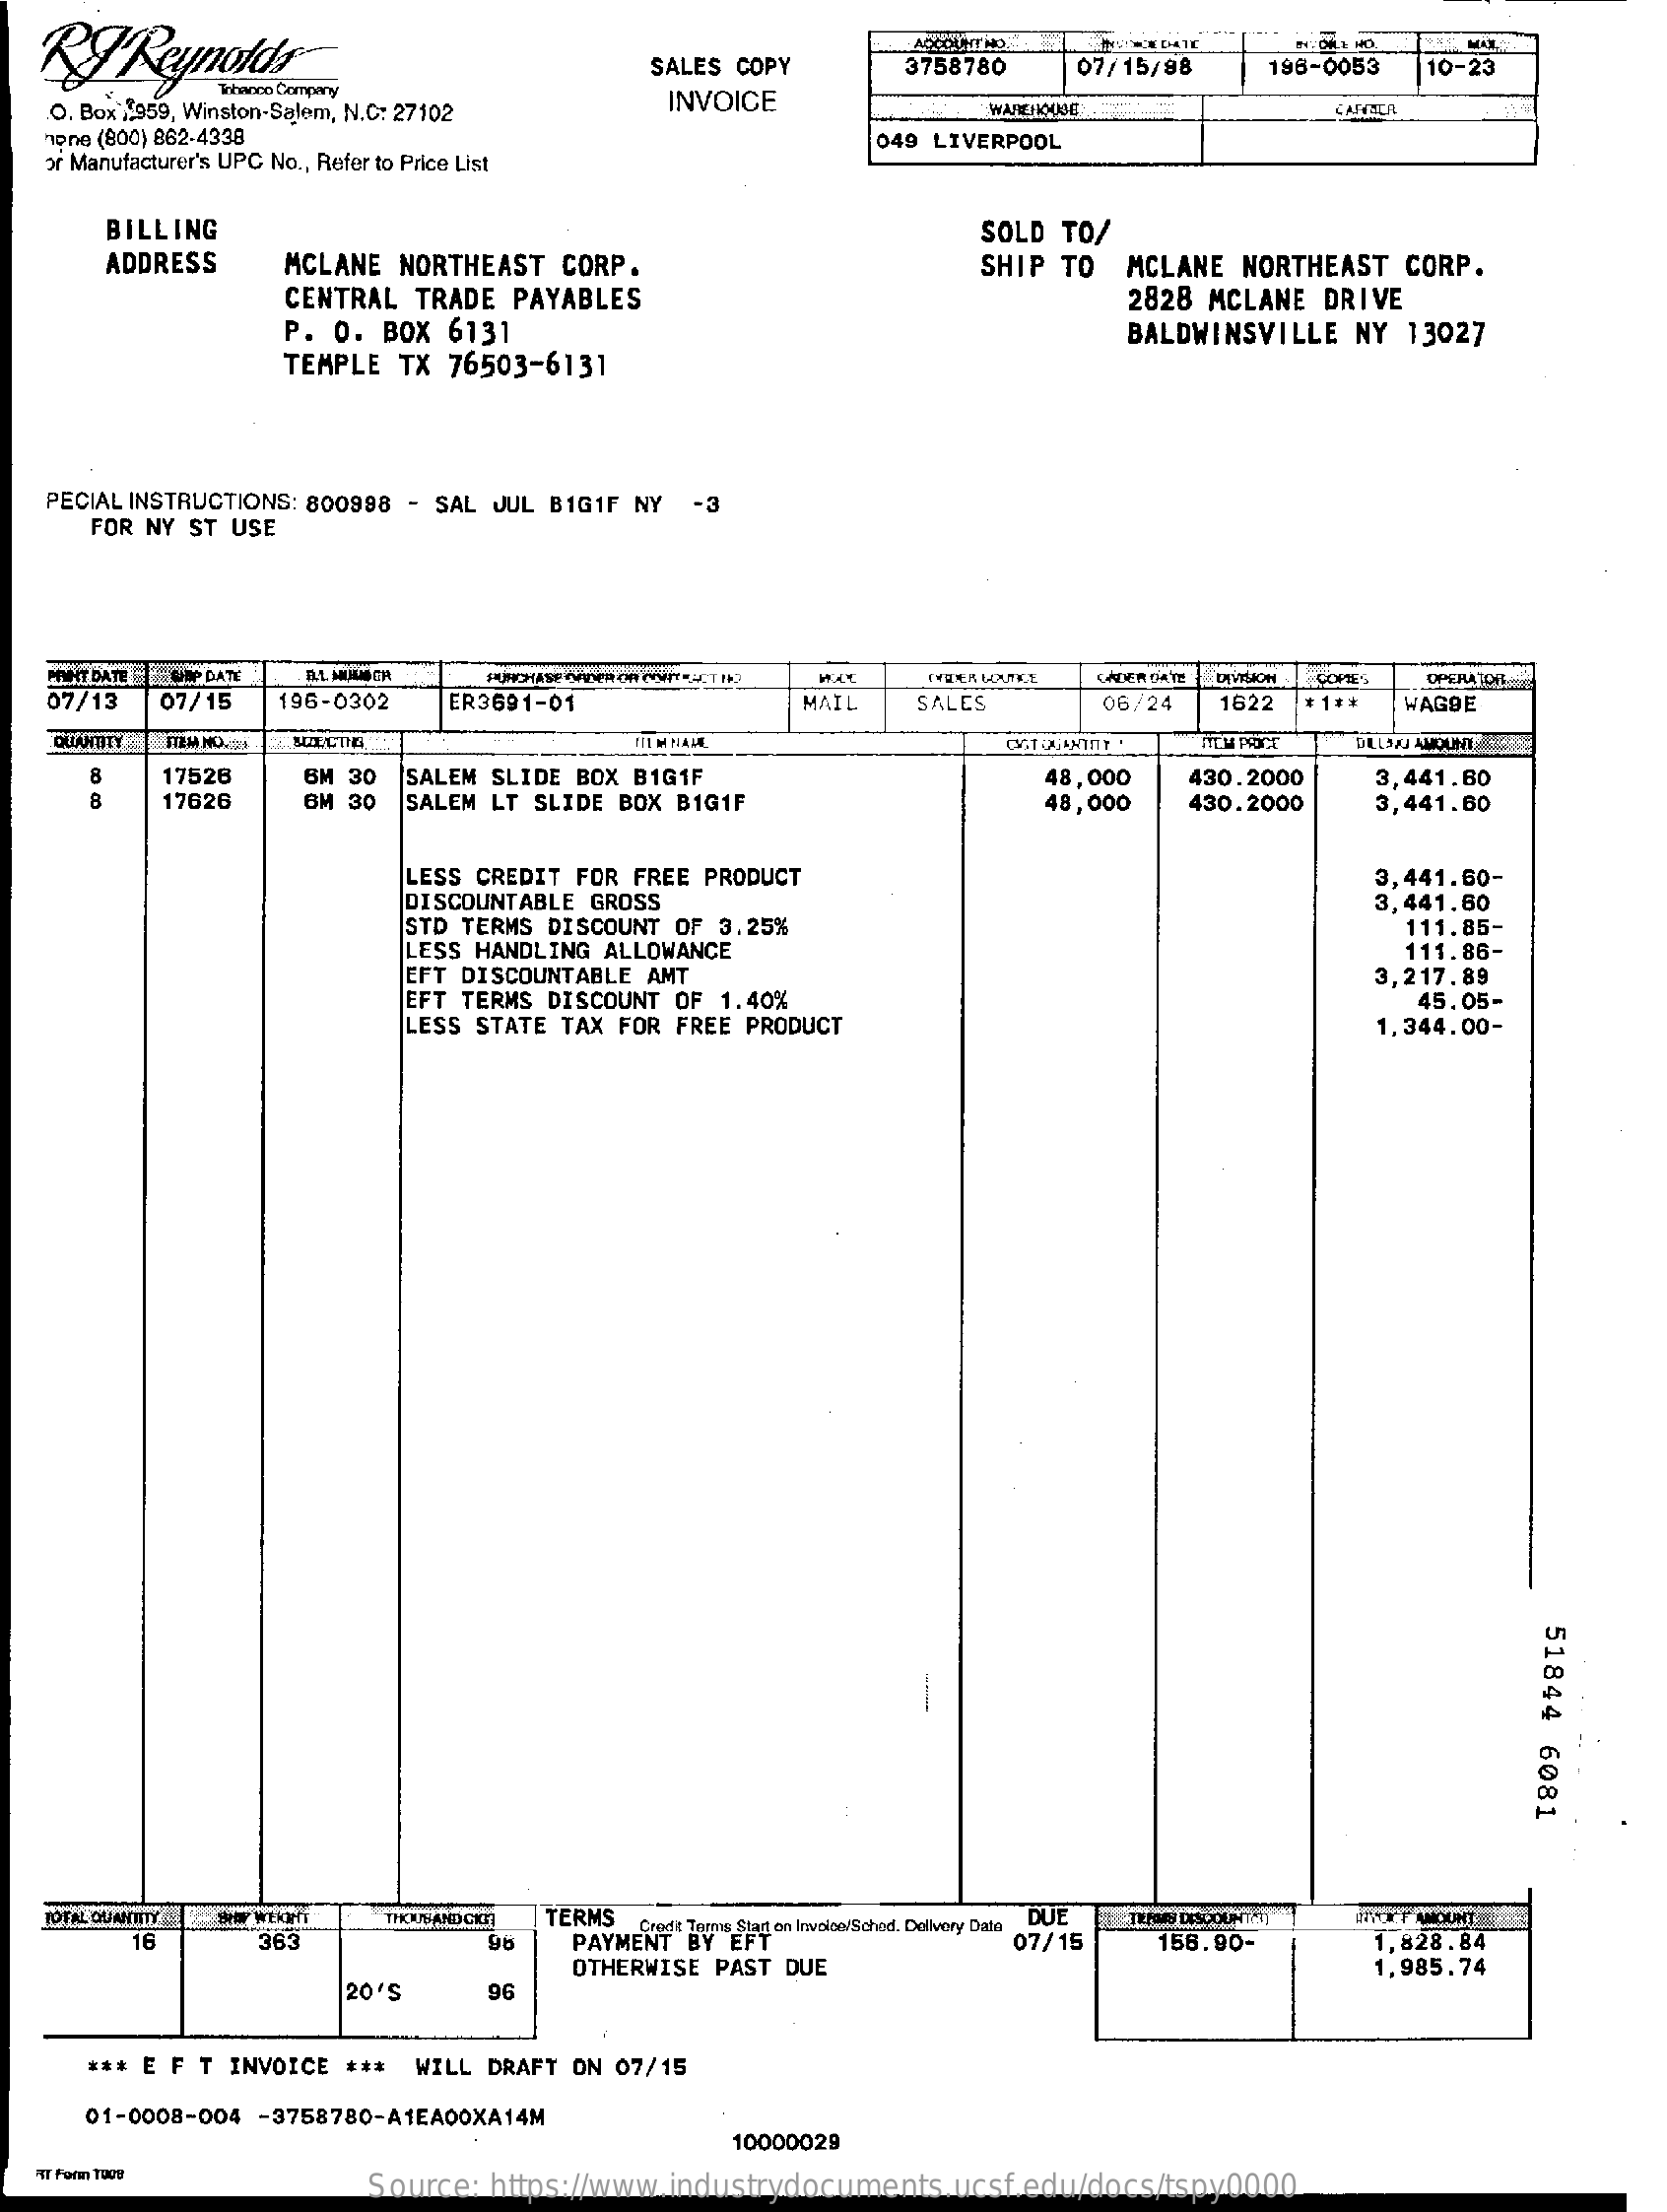
RØ    Rymotd    SALES COPY
     ACCOUNT NO.
     3758780    07/15/98    196-0053  10-23
   O. Box .. 959, Winston-Salem, N.C: 27102 INVOICE    WAREHOUSE
   hone (800) 862-4338
   or Manufacturer's UPC No ., Refer to Price List
     049 LIVERPOOL
     BILLING    SOLD TO/
     ADDRESS    MCLANE NORTHEAST  CORP.
     CENTRAL  TRADE PAYABLES
     SHIP TO  MCLANE NORTHEAST CORP.
     2828 MCLANE DRIVE
     P. O. BOX  6131
     TEMPLE TX  76503-6131
     BALDWINSVILLE NY  13027
   PECIAL INSTRUCTIONS: 800998 - SAL JUL B1G1F NY
     FOR NY ST USE
   PRINT DATE : 2GOIN' DATE    GADER DATE    COPTE'S OPERATOR
   07/13   07/15  196-0302   ER3691-01    MAIL    SALES    06/24   1622   **   WAGBE
     SALCTIE.    IM NAM
     17526 00
     00
     6M 30
     17626    6M 30
     SALEM SLIDE BOX BIG1F
     SALEM LT SLIDE BOX B1GIF
     48,000   430.2000
     48,000   430.2000
     3,441.80
     3,441.60
     LESS CREDIT FOR FREE PRODUCT
     DISCOUNTABLE GROSS
     3,441.60-
     STD TERMS DISCOUNT OF 3.25%
     3,441.60
     LESS HANDLING ALLOWANCE
     111.85-
     EFT DISCOUNTABLE AMT
     111.86-
     EFT TERMS DISCOUNT OF 1.40%
     3,217.89
     LESS STATE TAX FOR FREE PRODUCT
     45.05-
     1,344.00-
     51844
     6081
   TOFAL CHUJANTITY HW WEkirIT    TERMS    DUE   TERES DISCOUNTIST HYOTT MOUNT
     16    363    96    PAYMENT "Von  Invoice/Schod. Dollivory Dale
     07/15    158.90-    1,828.84
     OTHERWISE PAST DUE    1,985.74
     20'S    96
     *** E F T INVOICE *** WILL DRAFT ON 07/15
     01-0008-004 -3758780-A1EA00XA14M
     10000029
     Source: https://www.industrydocuments.ucsf.edu/docs/tspy0000